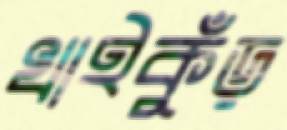
খাইকুঁড়